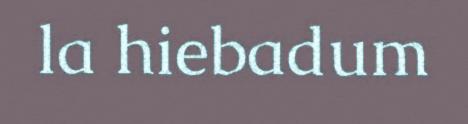
la hiebadum